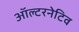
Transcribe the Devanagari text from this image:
ऑल्‍टरनेटिव